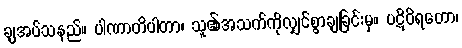
ချအပ်သနည်။ ပါဏာတိပါတာ၊ သူ၏အသက်ကိုလျှင်စွာချခြင်းမှ။ ပဋိဝိရတော၊